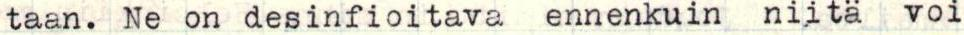
taan. Ne on desinfioitava ennenkuin niitä voi